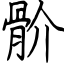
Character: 骱